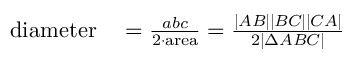
\begin{array} { r l } { { \mathrm { d i a m e t e r } } } & { { } { } = { \frac { a b c } { 2 \cdot { \mathrm { a r e a } } } } = { \frac { | A B | | B C | | C A | } { 2 | \Delta A B C | } } } \end{array}